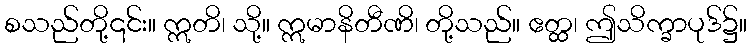
စသည်တို့၎င်း။ ဣတိ၊ သို့။ ဣမာနိတီဏိ၊ တို့သည်။ ဧတ္ထ၊ ဤသိက္ခာပုဒ်၌။